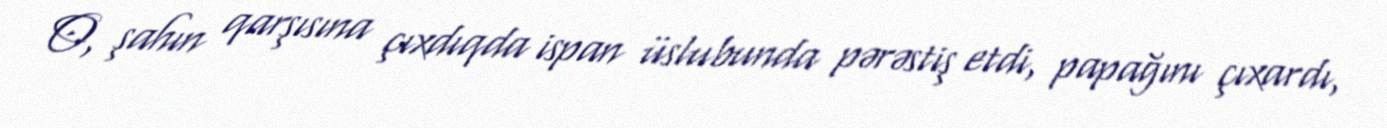
O, şahın qarşısına çıxdıqda ispan üslubunda pərəstiş etdi, papağını çıxardı,